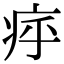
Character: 𤵡